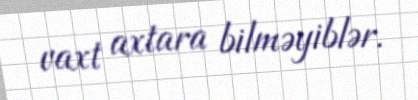
vaxt axtara bilməyiblər.